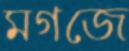
মগজে